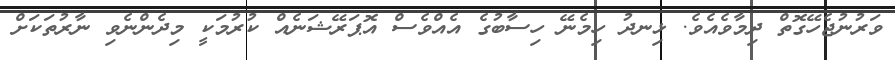
ވަރުނުޖެހޭގޮތް ދިމާވެއެވެ. ޅިނދު ހިމެނޭ ހިސާބުގެ އެއްވެސް އޮޕަރޭޝަނެއް ކުރުމަކީ މިދެންނެވި ނާރުތަކަށް